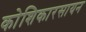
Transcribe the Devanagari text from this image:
कोशिकारसायन